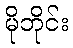
မိုဘိုင်း